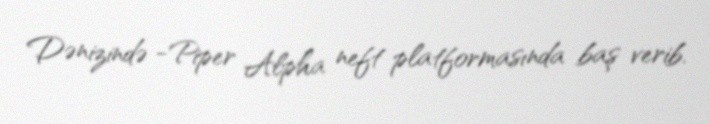
Dənizində -Piper Alpha neft platformasında baş verib.